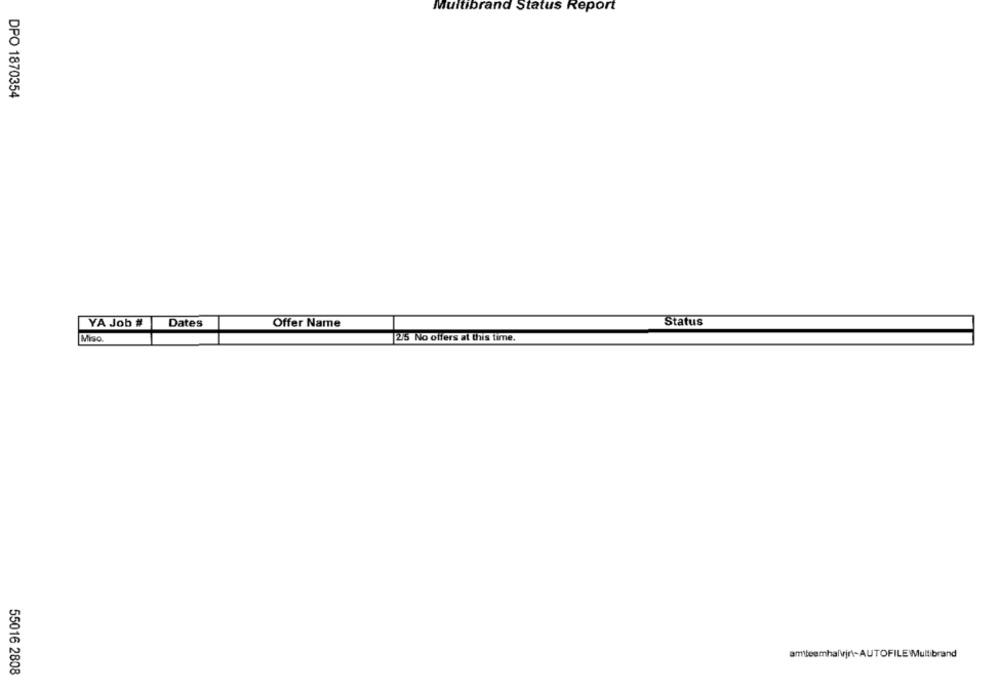
Multibrand Status Report
DPO 1870354
YA Job #
Dates
Offer Name
Status
Miso
2/5 No offers at this time.
amtteemhalvjr\-AUTOFILE\Multibrand
55016 2808